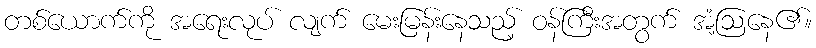
တစ်ယောက်ကို အရေးလုပ် လျက် မေးမြန်းနေသည့် ဝန်ကြီးအတွက် အံ့ဩနေ၏။